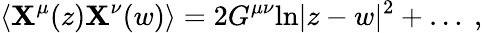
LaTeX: \langle\mathbf{X}^{\mu}(z)\mathbf{X}^{\nu}(w)\rangle=2G^{\mu\nu}\mathrm{{ln}}|z-w|^{2}+\dots~,